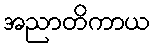
အညာတိကာယ